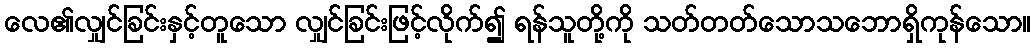
လေ၏လျှင်ခြင်းနှင့်တူသော လျှင်ခြင်းဖြင့်လိုက်၍ ရန်သူတို့ကို သတ်တတ်သောသဘောရှိကုန်သော။